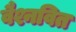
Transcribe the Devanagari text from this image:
वैश्नवित